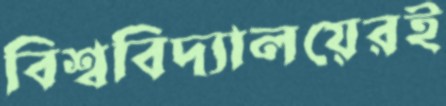
বিশ্ববিদ্যালয়েরই